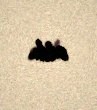
aldı.